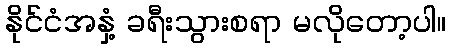
နိုင်ငံအနှံ့ ခရီးသွားစရာ မလိုတော့ပါ။